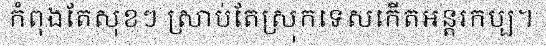
កំពុងតែសុខៗ ស្រាប់តែស្រុកទេសកើតអន្តរកប្ប។